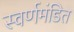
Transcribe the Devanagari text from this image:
स्वर्णमंडित